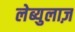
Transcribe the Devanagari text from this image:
लेब्युलाज़